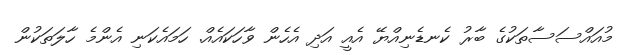
މުއައްސަސާތަކުގެ ބާރު ކެނޑެނިއްޔޭ އެއީ އަދި އެހެން ވާހަކައެއް. ހަމައެކަނި އެންމެ ހާލަތަކުން